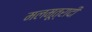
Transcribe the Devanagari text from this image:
मलमूत्रादी